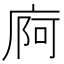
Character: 㢌